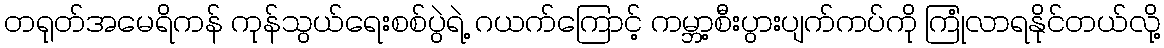
တရုတ်အမေရိကန် ကုန်သွယ်ရေးစစ်ပွဲရဲ့ ဂယက်ကြောင့် ကမ္ဘာ့စီးပွားပျက်ကပ်ကို ကြုံလာရနိုင်တယ်လို့